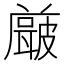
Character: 𭽶